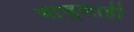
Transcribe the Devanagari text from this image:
बाजुलाही